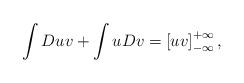
LaTeX: \begin{align*}\int Duv+\int uDv=\left[ uv\right] _{-\infty }^{+\infty }, \end{align*}